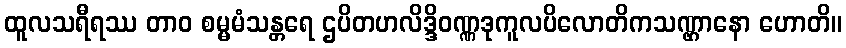
ထူလသရီရဿ တာဝ စမ္မမံသန္တရေ ဌပိတဟလိဒ္ဒိဝဏ္ဏဒုကူလပိလောတိကသဏ္ဌာနော ဟောတိ။